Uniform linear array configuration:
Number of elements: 48
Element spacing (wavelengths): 0.25
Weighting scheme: hann
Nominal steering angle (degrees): -30
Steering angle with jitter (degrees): -30.287
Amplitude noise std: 0.05
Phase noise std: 0.05

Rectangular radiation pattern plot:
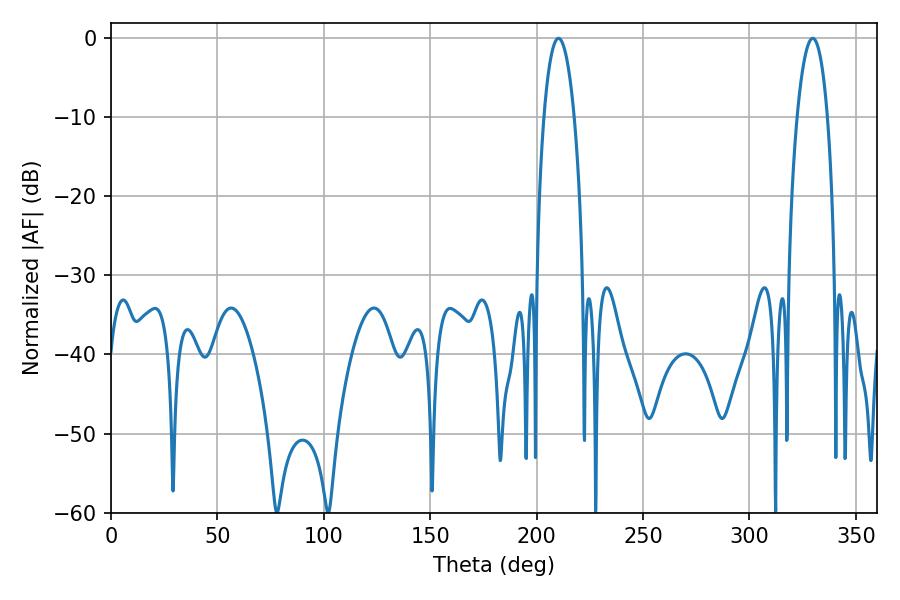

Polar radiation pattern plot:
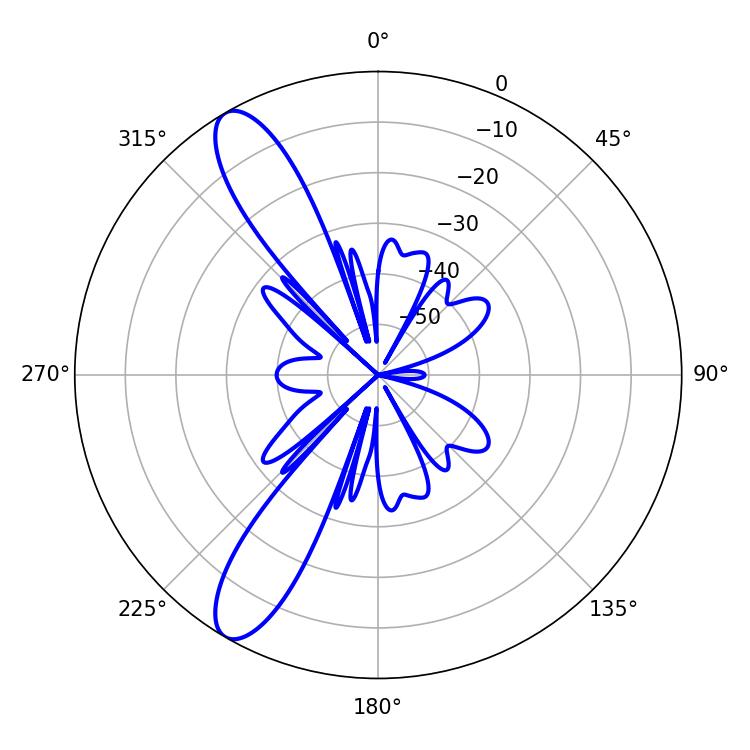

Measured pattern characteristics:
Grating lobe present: FALSE
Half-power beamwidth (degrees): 7.92
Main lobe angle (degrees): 210.24